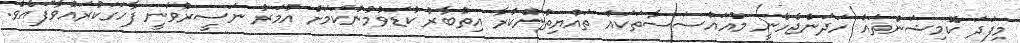
މިފަދަ ކޮމިޝަންތައް ހަދަންޖެހެނީ މުއައްސަސާތަކައް ތައްޔިތުންކުރާ އިތުބާރު ކުޑަވުމުންކަމަށް އުމަރު ނަސީރުވަނީ ފާހަގަކުރައްވާފައެވެ.